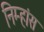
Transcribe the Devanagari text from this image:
निम्हांस